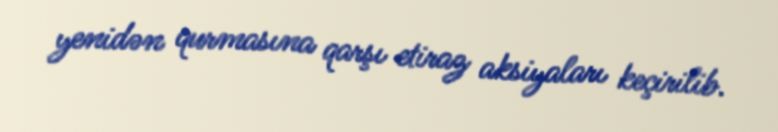
yenidən qurmasına qarşı etiraz aksiyaları keçirilib.